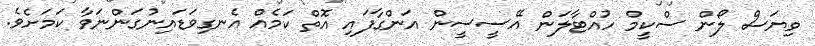
ވިޔަސް ލޯން ސްކީމް ހުއްޓާލަން އޭސީސީން އަންގާފައި އޮތް ކަމެއް އެނގިވަޑައިނުގަންނަވާ ކަމަށެވެ.